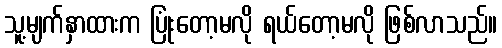
သူ့မျက်နှာထားက ပြုံးတော့မလို ရယ်တော့မလို ဖြစ်လာသည်။